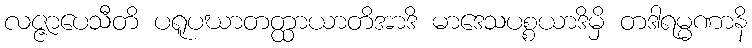
လဇ္ဇာပေသီတိ ပရူပဃာတတ္ထာယာတိအာဒိ မာဒေသပစ္စယာဒိမှိ တဒါရမ္မဏာနိ